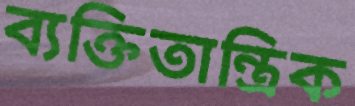
ব্যক্তিতান্ত্রিক